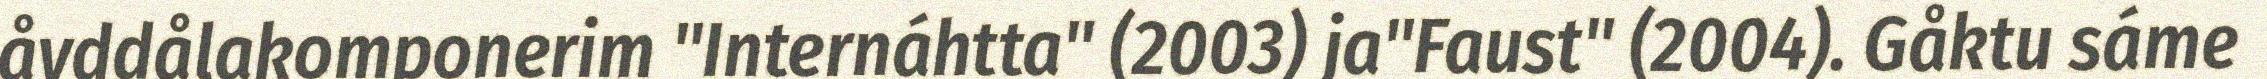
åvddålakomponerim "Internáhtta" (2003) ja"Faust" (2004). Gåktu sáme